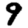
Digit: 9